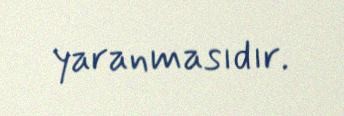
yaranmasıdır.